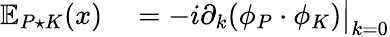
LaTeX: \begin{array}{rl}{\mathbb{E}_{P\star K}(x)}&{{}=-i\partial_{k}(\phi_{P}\cdot\phi_{K})\big|_{k=0}}\end{array}